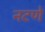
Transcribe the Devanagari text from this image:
नटणे